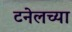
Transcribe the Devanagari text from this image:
टनेलच्या